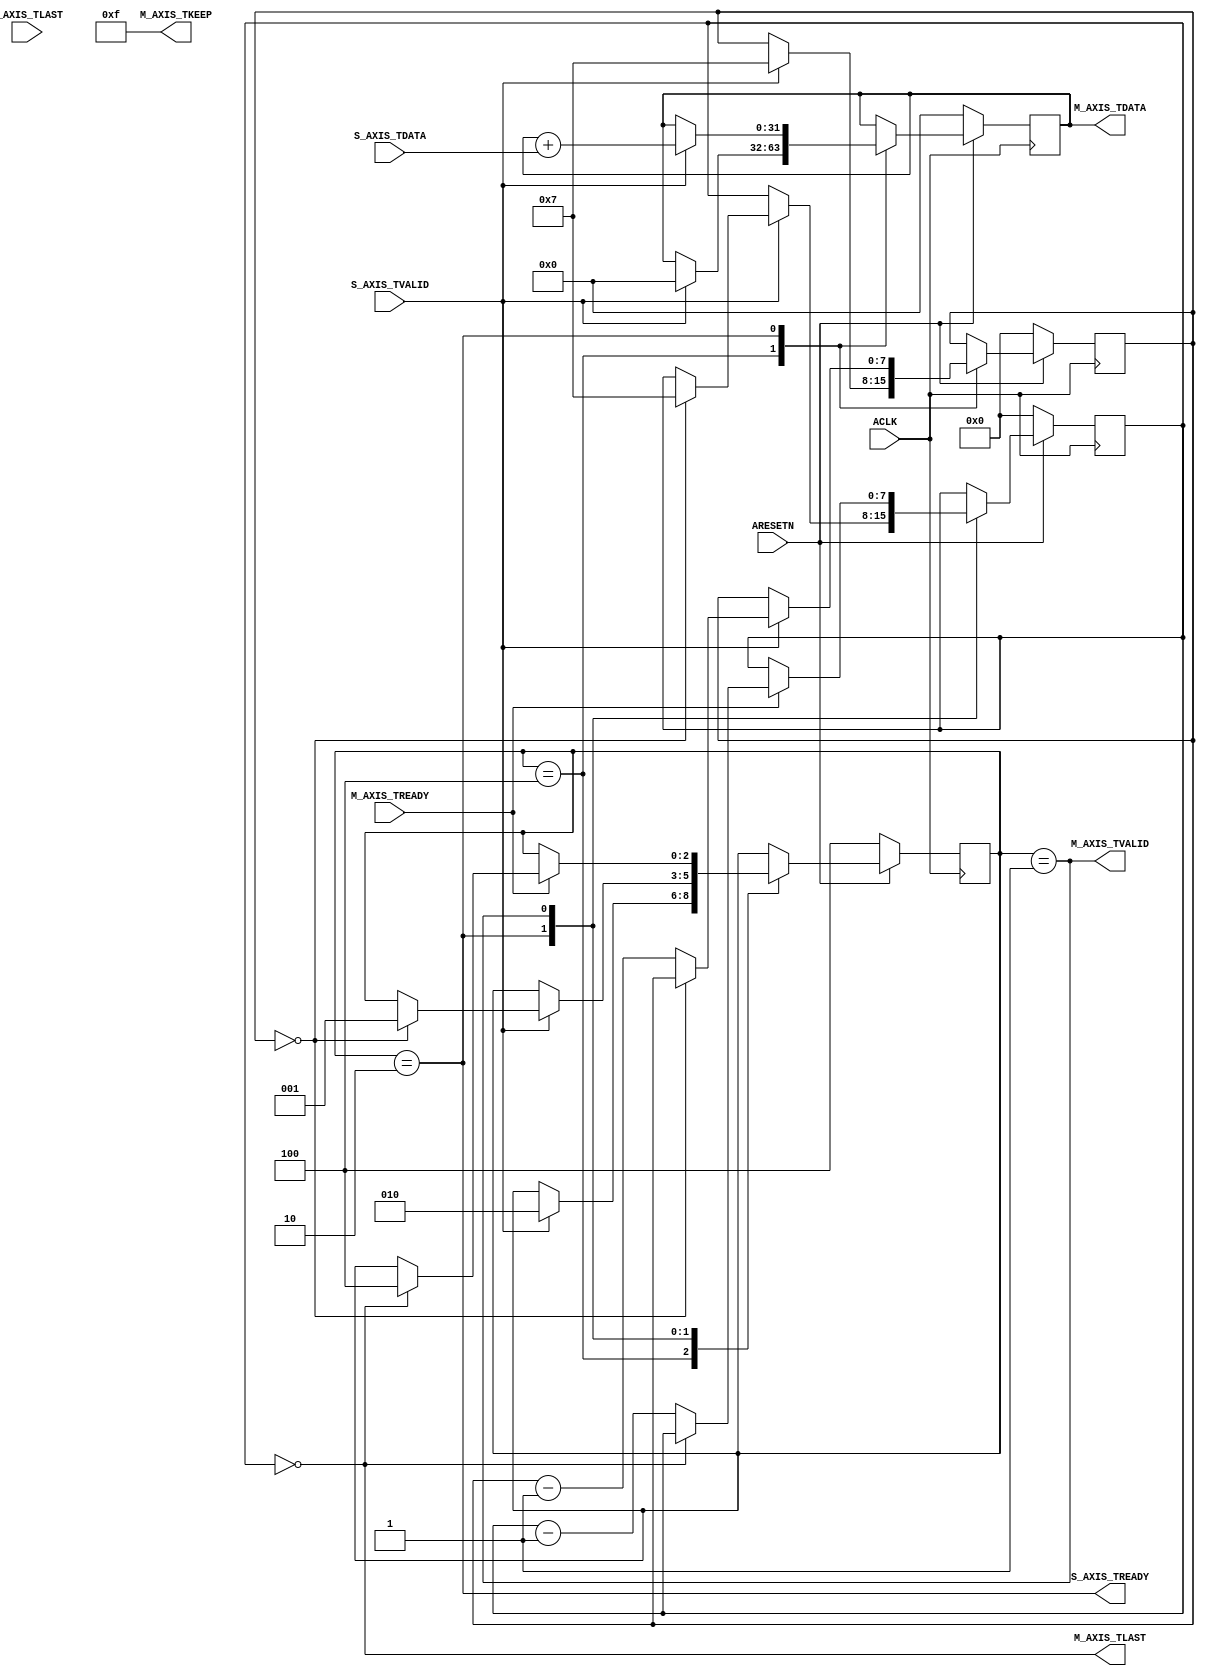
module my_stream_ip #
	(
		localparam NUMBER_OF_INPUT_WORDS  = 8,

		localparam NUMBER_OF_OUTPUT_WORDS = 8,

		localparam Idle  =3'b100,
		localparam Read_Inputs = 3'b010,
		localparam Write_Outputs  = 3'b001
	)
	(
		input wire ACLK,
		input wire ARESETN,
		output wire S_AXIS_TREADY,
		input wire [31:0] S_AXIS_TDATA,
		input wire S_AXIS_TLAST,
		input wire S_AXIS_TVALID,
		output wire M_AXIS_TVALID,
		output wire [31:0] M_AXIS_TDATA,
		output wire M_AXIS_TLAST,
		input wire M_AXIS_TREADY,
		output wire [3:0] M_AXIS_TKEEP
	);


	reg [2:0] state;

	reg [31:0] sum;

	reg [NUMBER_OF_INPUT_WORDS -1:0] nr_of_reads;
	reg [NUMBER_OF_OUTPUT_WORDS - 1:0] nr_of_writes;

	assign S_AXIS_TREADY  =(state == Read_Inputs);
	assign M_AXIS_TVALID = (state == Write_Outputs);

	assign M_AXIS_TDATA = sum;
	assign M_AXIS_TLAST = (nr_of_writes == 0);
	assign M_AXIS_TKEEP = 4'b1111;

	always @(posedge ACLK) begin  // process The_SW_accelerator
		if(!ARESETN) begin// Synchronous reset (active low)
			state <= Idle;
			nr_of_reads <= 0;
			nr_of_writes <=0;
			sum <= 0;
		end
		else
			case (state)
				Idle:
					if(S_AXIS_TVALID== 1) begin
						state <= Read_Inputs;
						nr_of_reads <= NUMBER_OF_INPUT_WORDS - 1;
						sum <= 0;
					end

				Read_Inputs:
					if(S_AXIS_TVALID == 1) begin
						sum <= sum + S_AXIS_TDATA;
						if (nr_of_reads == 0) begin
							state <= Write_Outputs;
							nr_of_writes <= NUMBER_OF_OUTPUT_WORDS - 1;
						end
						else
							nr_of_reads <= nr_of_reads - 1;
					end

				Write_Outputs:
					if(M_AXIS_TREADY == 1) begin
						if (nr_of_writes == 0)
							state <= Idle;
						else
							nr_of_writes <= nr_of_writes - 1;
					end
			endcase
	end

endmodule